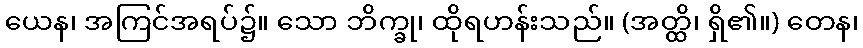
ယေန၊ အကြင်အရပ်၌။ သော ဘိက္ခု၊ ထိုရဟန်းသည်။ (အတ္ထိ၊ ရှိ၏။) တေန၊